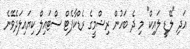
އަދި "ލޭޑީ ލައިކް" މި ދެ ބަހުން ރިޝްމީގެ ރެޑްކާޕެޓް ސްޓައިލް ކިޔައިލަދެވޭނެ